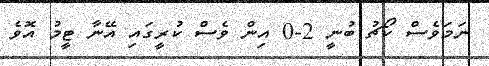
ނަމަވެސް ކޯޗު ބުނީ 2-0 އިން ވެސް ކުރީގައި އޭނާ ޓީމު އޮވެ